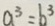
a ^ { 3 } = b ^ { 3 }